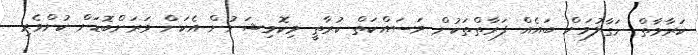
ކަރާމާތް ނަގާލުމަށް ބައެއް ފަރާތްތަކުން މަސައްކަތް ކުރާތީ މިކޮމިޝަނުން އެކަން ވަރަށްބޮޑަށް ކުށްވެރި